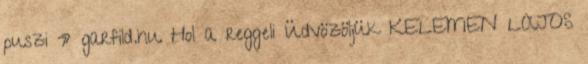
puszi » garfild.hu Hol a reggeli Üdvözöljük KELEMEN LAJOS